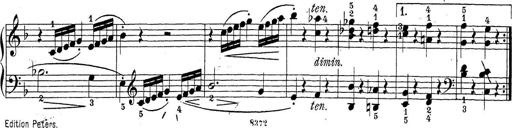
Title: Sonatina Album
Composer: Louis KÃ¶hler